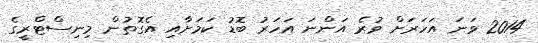
2014 ވަނަ އަހަރަށް ވުރެ އަންނަ އަހަރު ބޮޑު ކަމަށާއި އެގޮތުން މިނިސްޓްރީގެ